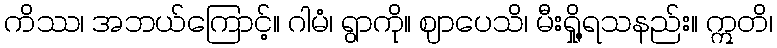
ကိဿ၊ အဘယ်ကြောင့်။ ဂါမံ၊ ရွာကို။ ဈာပေသိ၊ မီးရှို့ရသနည်း။ ဣတိ၊